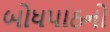
બોધપાઠનો